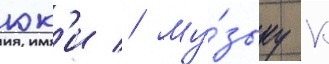
юк'и // Му́зыку к